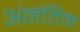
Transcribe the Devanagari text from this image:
अंनंतिम